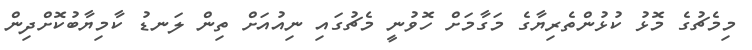
މިމެޗުގެ މޮޅު ކުޅުންތެރިޔާގެ މަގާމަށް ހޮވުނީ މެޗުގައި ނިއުއަށް ތިން ލަނޑު ކާމިޔާބުކޮށްދިން